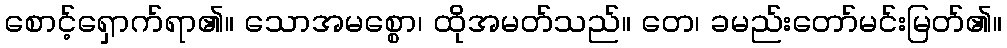
စောင့်ရှောက်ရာ၏။ သောအမစ္စော၊ ထိုအမတ်သည်။ တေ၊ ခမည်းတော်မင်းမြတ်၏။